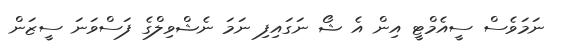
ނަމަވެސް ސީއެމްޓީ އިން އެ ޝޯ ނަގައިފި ނަމަ ނެޝްވިލްގެ ފަސްވަނަ ސީޒަން